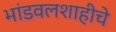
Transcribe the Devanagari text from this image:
भांडवलशाहीचे